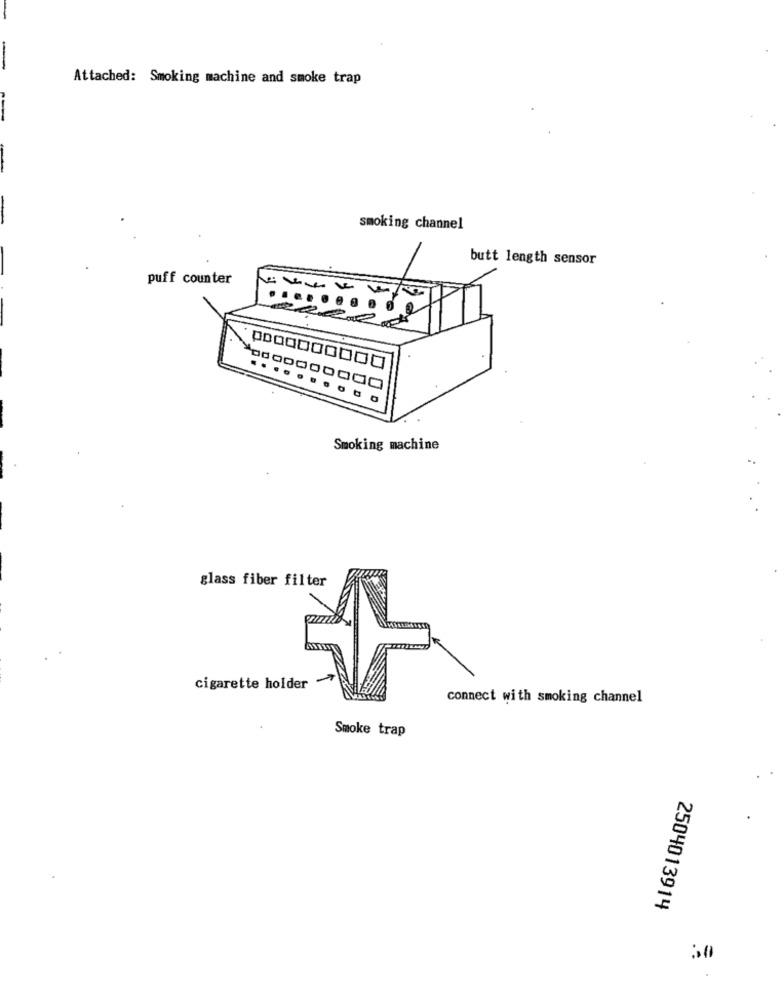
-
Attached: Smoking machine and smoke trap
smoking channel
butt length sensor
puff counter
10000000000
......... .
Smoking machine
glass fiber filter
cigarette holder
connect with smoking channel
Smoke trap
2504013914
0℃